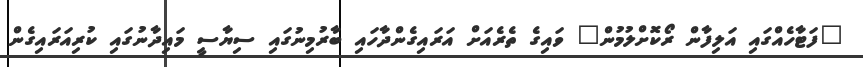
"ފަޓާހެއްގައި އަލިފާން ރޯކޮށްލުމުން" ވައިގެ ތެރެއަށް އަރައިގެންދާހައި ބާރުމިނުގައި ސިޔާސީ މައިދާނުގައި ކުރިއަރައިގެން